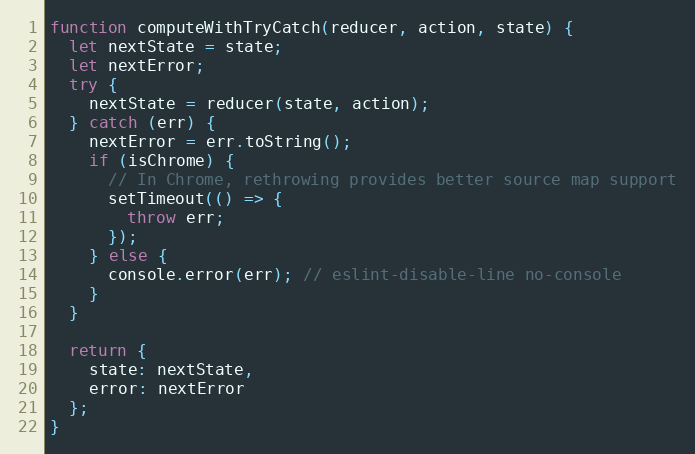
Language: JavaScript
function computeWithTryCatch(reducer, action, state) {
  let nextState = state;
  let nextError;
  try {
    nextState = reducer(state, action);
  } catch (err) {
    nextError = err.toString();
    if (isChrome) {
      // In Chrome, rethrowing provides better source map support
      setTimeout(() => {
        throw err;
      });
    } else {
      console.error(err); // eslint-disable-line no-console
    }
  }

  return {
    state: nextState,
    error: nextError
  };
}